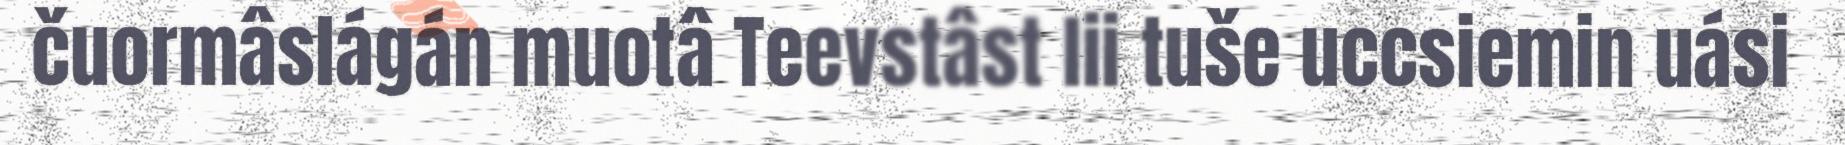
čuormâslágán muotâ Teevstâst lii tuše uccsiemin uási